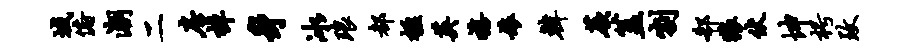
域俯潮二房棹身冰琅都楹英禧娘韩蕨盖割欷狼伏坤枵致